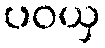
ပဝယှ